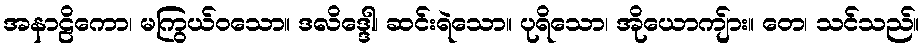
အနာဠိကော၊ မကြွယ်ဝသော။ ဒလိဒ္ဒေါ၊ ဆင်းရဲသော။ ပုရိသော၊ အိုယောကျ်ား။ တေ၊ သင်သည်။